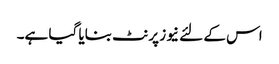
اس کے لئے نیوز پرنٹ بنایا گیا ہے۔